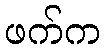
ဖက်က